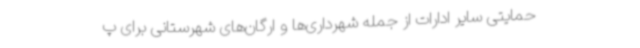
حمایتی سایر ادارات از جمله شهرداری‌ها و ارگان‌های شهرستانی برای پ